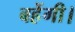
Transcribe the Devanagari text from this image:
बहेंगी।